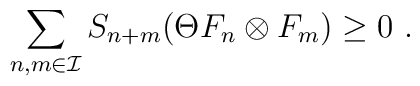
\sum_{n,m\in {\cal I}} S_{n+m} (\Theta F_n \otimes F_m ) \geq 0 \ .